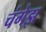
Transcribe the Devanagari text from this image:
चंगेझ